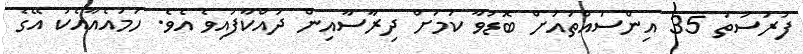
ފުރުސަތު 35 އިންސައްތައަށް ބޮޑުވާ ކަމަށް ދިރާސާއިން ދައްކާފައިވެ އެވެ. ހަމައެއާއެކު އޭގެ